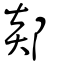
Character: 郯